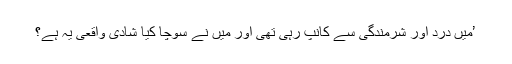
’میں درد اور شرمندگی سے کانپ رہی تھی اور میں نے سوچا کیا شادی واقعی یہ ہے؟